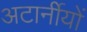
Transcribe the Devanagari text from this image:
अटार्नीयों